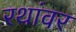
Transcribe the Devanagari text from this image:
रथांवर